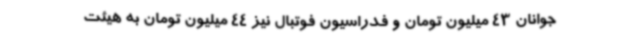
جوانان 43 میلیون تومان و فدراسیون فوتبال نیز 44 میلیون تومان به هیئت